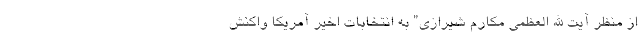
از منظر آیت الله العظمی مکارم شیرازی” به انتخابات اخیر آمریکا واکنش